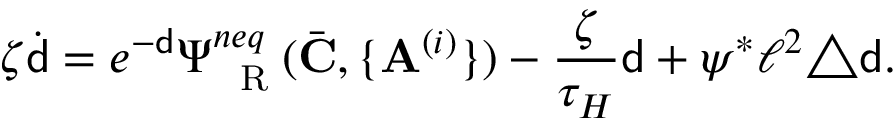
\zeta \dot { { \mathsf { d } } } = e ^ { - { \mathsf { d } } } \Psi _ { \mathrm { ~ \tiny ~ R ~ } } ^ { n e q } ( \bar { \mathbf { C } } , \{ \mathbf { A } ^ { ( i ) } \} ) - \frac { \zeta } { \tau _ { H } } { \mathsf { d } } + \psi ^ { * } \ell ^ { 2 } \triangle { \mathsf { d } } .